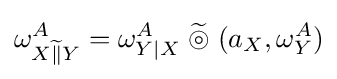
\omega _{X{\widetilde {\|}}Y}^{A}=\omega _{Y|X}^{A}\;{\widetilde {\circledcirc }}\;(a_{X},\omega _{Y}^{A})\,\!